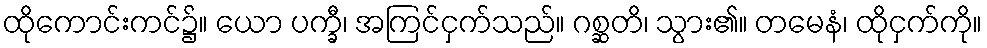
ထိုကောင်းကင်၌။ ယော ပက္ခီ၊ အကြင်ငှက်သည်။ ဂစ္ဆတိ၊ သွား၏။ တမေနံ၊ ထိုငှက်ကို။